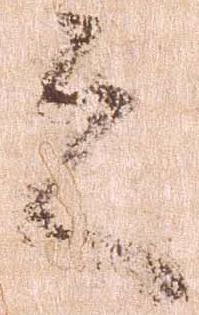
之